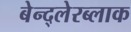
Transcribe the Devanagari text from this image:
बेन्द्लेरब्लाक